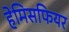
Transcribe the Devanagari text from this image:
हेमिसफियर